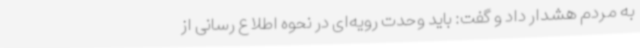
به مردم هشدار داد و گفت: باید وحدت رویه‌ای در نحوه اطلاع رسانی از